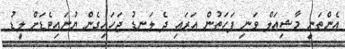
އެންތަނީ މާޝިއަލް ވަނި ފަހަތުން އަރައި ދެ ލަނޑު ޖަހައިގެން ޔުނައިިޓެޑަށް ލީޑު